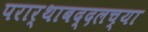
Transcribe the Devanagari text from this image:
परार्थाबद्दलच्या